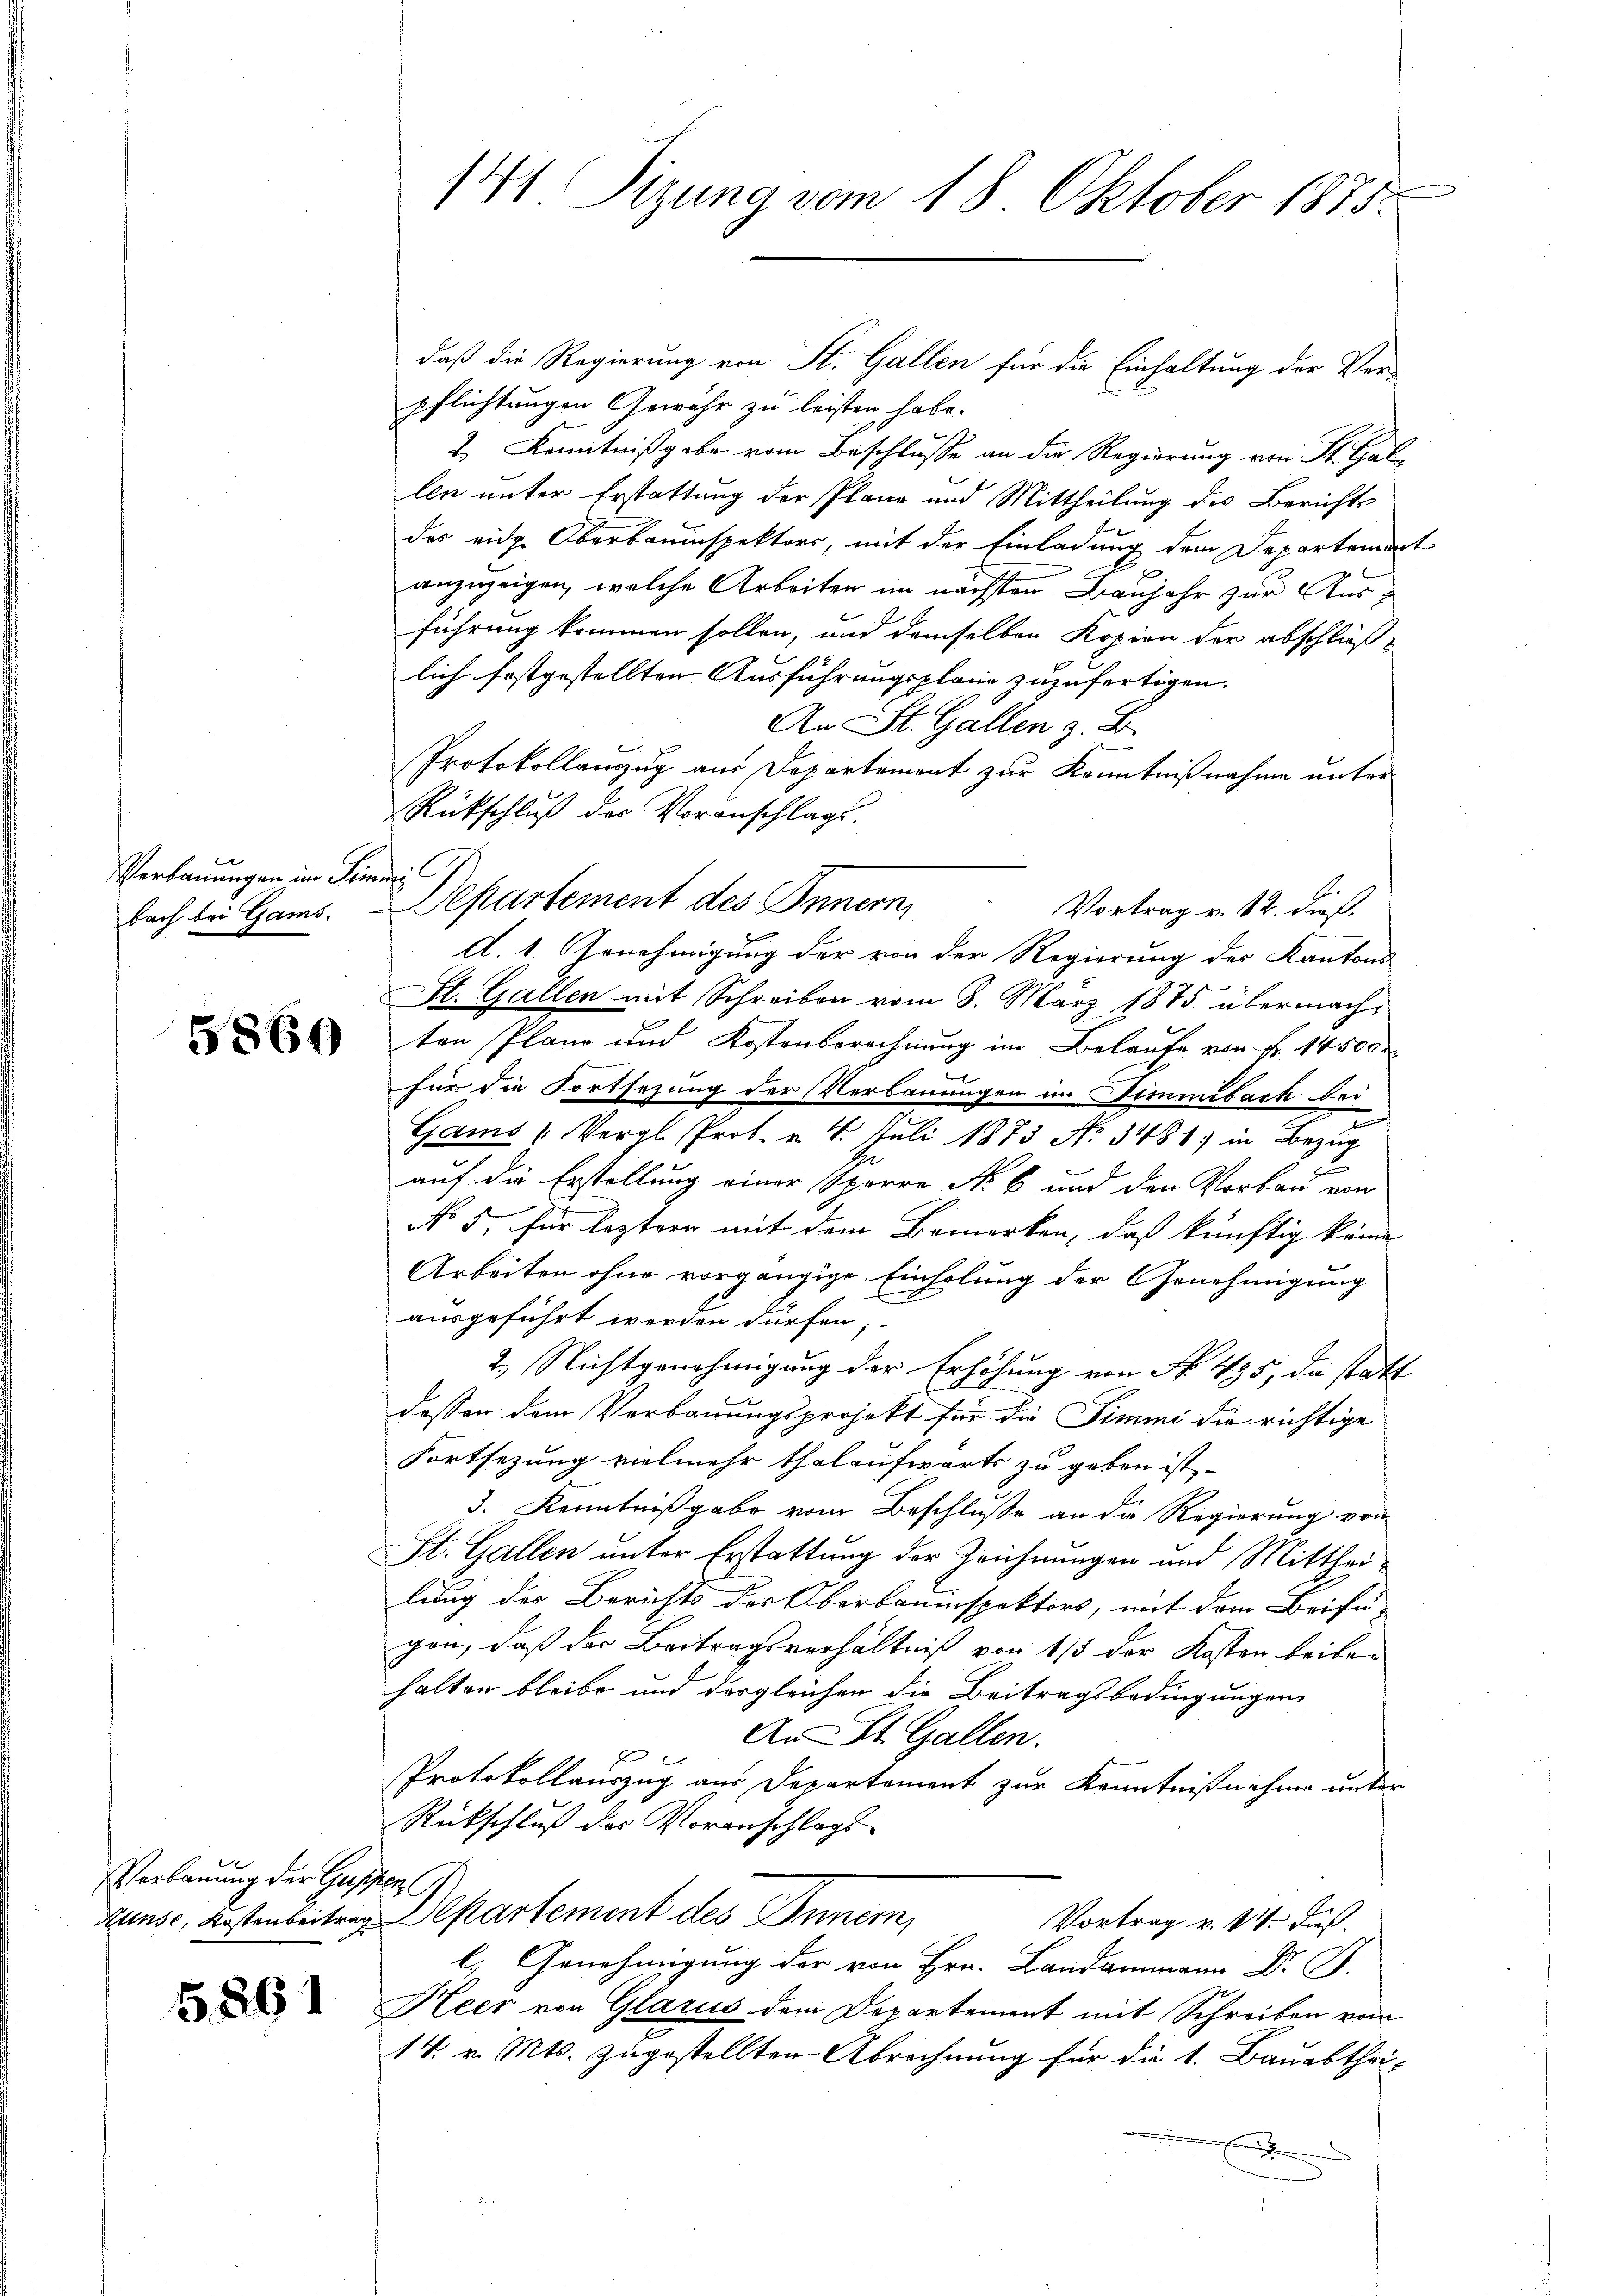
Verbauungen im I.
bach bei Gams.

5860

Verbauung der Geschen

5891

.
141. Sizung vom 18. Oktober 1875.

daß die Regierung von St. Gallen für die Einhaltung der Ver-
pflichtungen Gewehr zu leisten habe.
2. Kenntnißgabe vom Beschlusse an die Regierung von St. Gale
len unter Erstattung der Planz und Mittheilung des Berichts
des eidg. Oberbauinspektors, mit der Einladung dem Departemon-
anzuzeigen, welche Arbeiten im nächsten Baujahr zur Ausführung kommen sollen, und demselben Kopien der abschließ
lich festgestellten Ausführungsplane zuzufertigen.
An St. Gallen z. B.
Protokollanzzug aus Departement zur Kenntnißnahme unter
Rückschluß der Voranschlags.
m
Separtement des Innern,
Vortrag v. 12. dieß.
A. 1. Genehmigung der von der Regierung der Kantons
St. Gallen mit Schreiben vom 8. März 1875. übermachten Plane und Kostenberechnung im Belaufe von Fr. 14500 r
für die Fortsezung der Verbauungen in Dimmibach bei
Gams (Vergl. Prof. v. 4. Juli 1873 No 3481) in Bezug
auf die Erstellung einer Sporre No 6 und den Vorbau von
No 5. für leztern mit dem Bemerken, daß künftig könne
Arbeiten ohne vorgängige Einholung der Genehmigung
ausgeführt worden dürfen;
2. Nichtgenehmigung der Erhöhung von No. 435, da statt
dessen dem Verbauungsprojekt für die Simmi die richtige
Fortsezung vielmehr thalaufwärts zu geben ist.
3. Kenntnißgabe vom Beschluße an die Regierung von
St. Gallen unter Erstattung der Zeichnungen und Mittheilung des Berichts des Oberbauinspektors, mit dem Beifü-
gen, daß der Beitragsverhältniß von 1/3 der Kosten beibe-
halten bleibe und dergleichen die Beitragsbedingungen
An St. Gallen.
Protokollauszug aus Departement zur Kenntnißnahme unter
Rückschluß des Voranschlags
Runse, Kostenbertrag Separtement des Innern,
Vortrag v. 14. dies
l. Genehmigung der von Hrn. Landammann Dr. J.
Heer von Glarus dem Departement mit Schreiben vom
14. v. Mts. zugestellten Abrechnung für die 1. Bauabthei¬